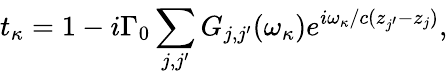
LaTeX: t_{{{\kappa}}}=1-i{\Gamma_{0}}\sum_{j,j^{\prime}}^{}{{{G_{j,j^{\prime}}}(\omega_{\kappa})e^{i\omega_{\kappa}/c({z_{j^{\prime}}}-{z_{j}})}}},